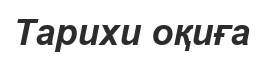
Тарихи оқиға